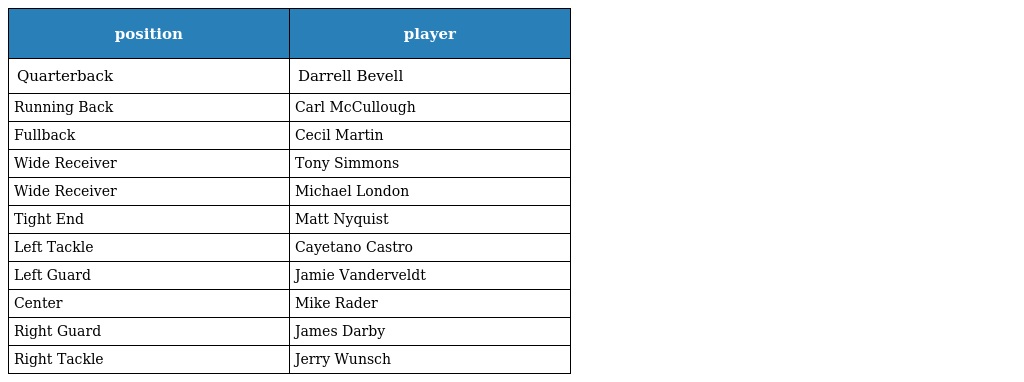
| position | player |
 | --- | --- |
 | Quarterback | Darrell Bevell |
 | Running Back | Carl McCullough |
 | Fullback | Cecil Martin |
 | Wide Receiver | Tony Simmons |
 | Wide Receiver | Michael London |
 | Tight End | Matt Nyquist |
 | Left Tackle | Cayetano Castro |
 | Left Guard | Jamie Vanderveldt |
 | Center | Mike Rader |
 | Right Guard | James Darby |
 | Right Tackle | Jerry Wunsch |